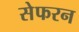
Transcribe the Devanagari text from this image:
सेफरन